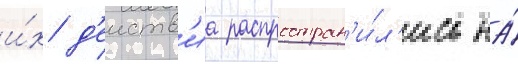
и́х д'еиств'иа распростран'и́л'ись на́